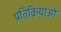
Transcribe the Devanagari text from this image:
प्रतिक्रियाओ